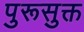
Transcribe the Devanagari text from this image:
पुरूसुक्त